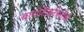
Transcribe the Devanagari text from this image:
बायोटेक्नोलौजी